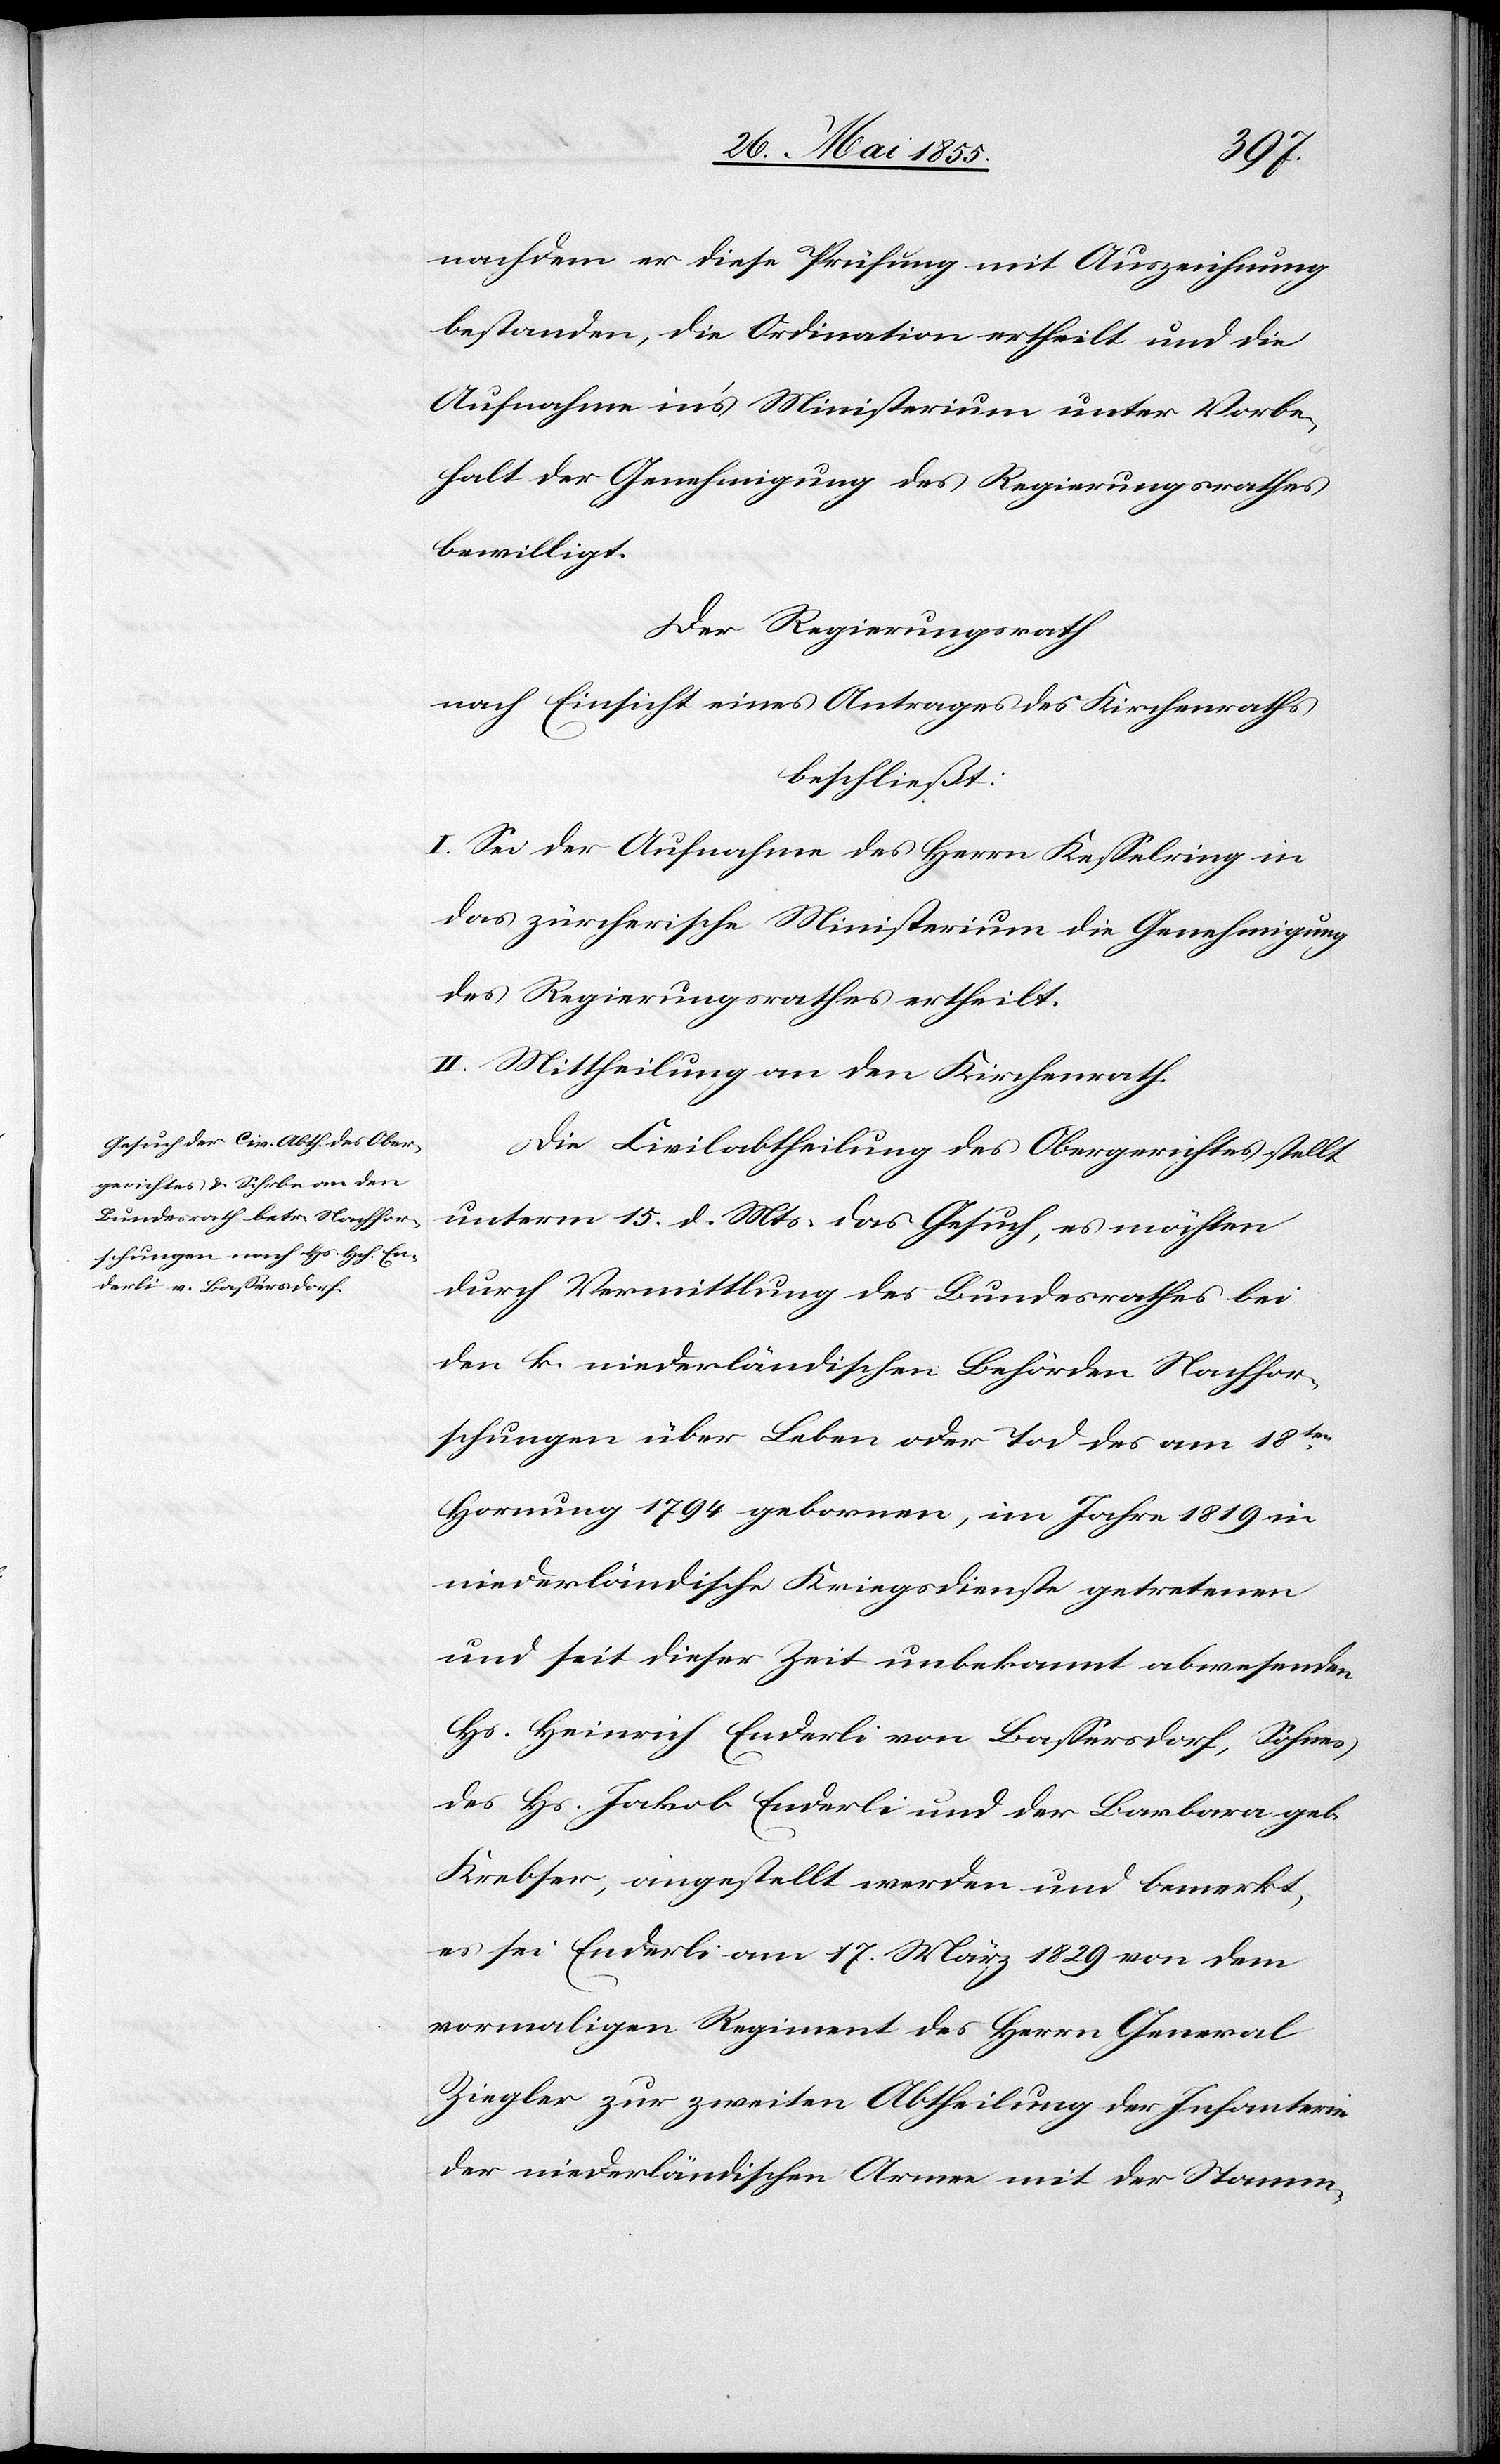
nachdem er diese Prüfung mit Auszeichnung
bestanden, die Ordination ertheilt und die
Aufnahme in’s Ministerium unter Vorbe¬
halt der Genehmigung des Regierungsrathes
bewilligt.
Der Regierungsrath
nach Einsicht eines Antrages des Kirchenraths
beschließt:
I. Sei der Aufnahme des Herrn Kesselring in
das zürcherische Ministerium die Genehmigung
des Regierungsrathes ertheilt.
II. Mittheilung an den Kirchenrath.
Die Civilabtheilung des Obergerichtes stellt
unterm 15. d. Mts. das Gesuch, es möchten
durch Vermittlung des Bundesrathes bei
den k. niederländischen Behörden Nachfor¬
schungen über Leben oder Tod des am 18ten
Hornung 1794 gebornen, im Jahre 1819 in
niederländische Kriegsdienste getretenen
und seit dieser Zeit unbekannt abwesenden
Hs. Heinrich Enderli von Bassersdorf, Sohnes
des Hs. Jakob Enderli und der Barbara geb.
Krebser, angestellt werden und bemerkt,
es sei Enderli am 17. März 1829 von dem
vormaligen Regiment des Herrn General
Ziegler zur zweiten Abtheilung der Infanterie
der niederländischen Armee mit der Stamm-